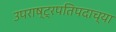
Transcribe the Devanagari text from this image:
उपराष्ट्रपतिपदाच्या